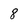
Character: 8